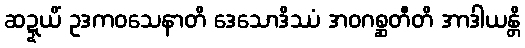
ဆဍ္ဍယိံ ဥဒကဝသေနာတိ ဒေသောဒိဿံ အဝဂစ္ဆတီတိ အာဒါယန္တိ